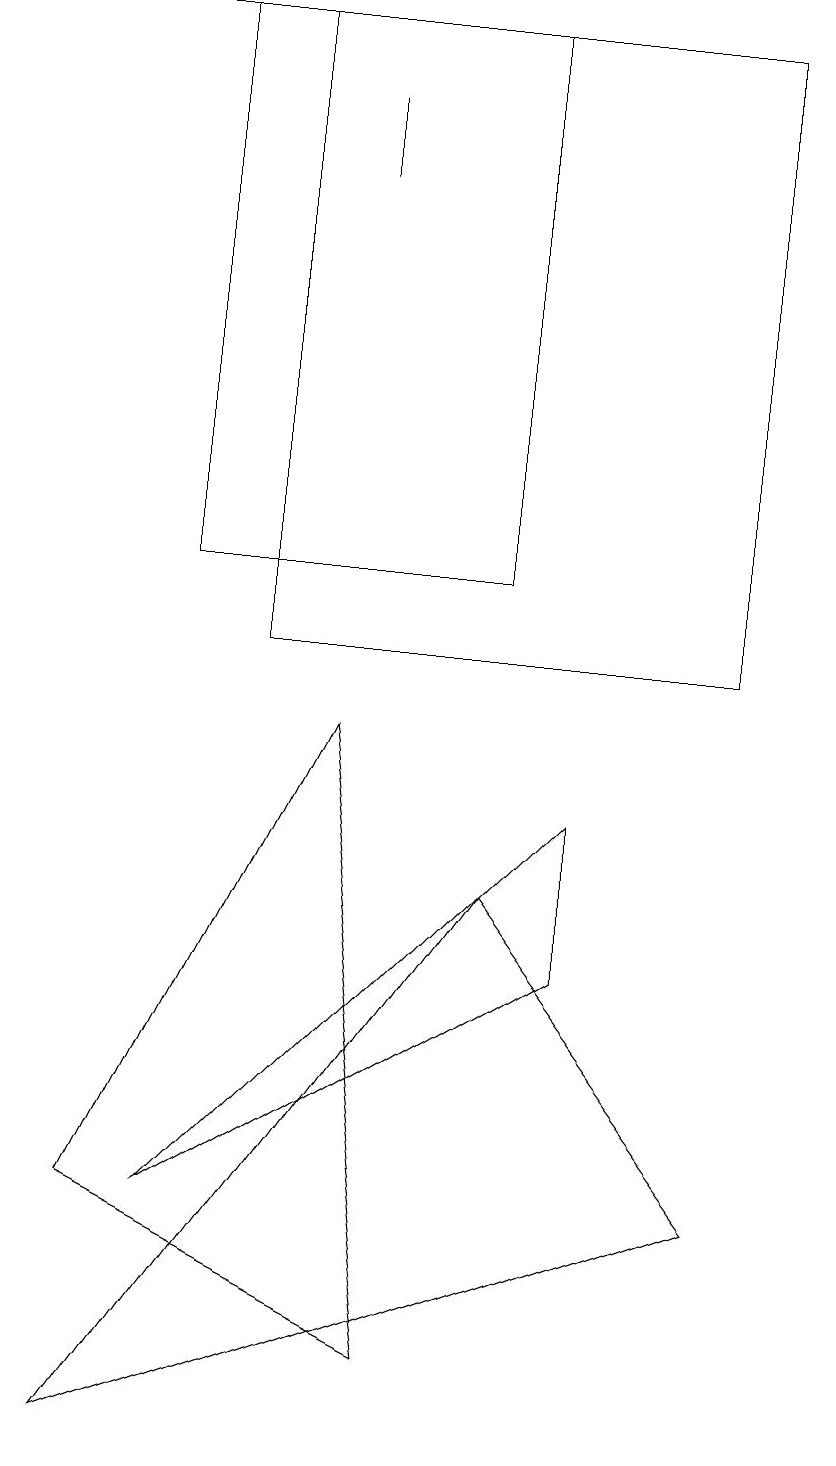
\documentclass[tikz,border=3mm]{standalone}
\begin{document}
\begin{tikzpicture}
\draw (1,3) -- (4,9) -- (5,1) -- cycle;
\draw (10,10) circle (0);
\draw (0,18) rectangle (5,18);
\draw (2,18) rectangle (6,11);
\draw (7,8) -- (2,3) -- (7,6) -- cycle;
\draw (3,18) rectangle (9,10);
\draw (4,16) rectangle (4,17);
\draw (1,0) -- (6,7) -- (9,3) -- cycle;
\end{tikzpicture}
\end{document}